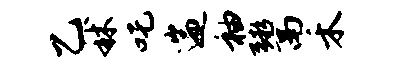
乙秫吒遄袖鬻禾